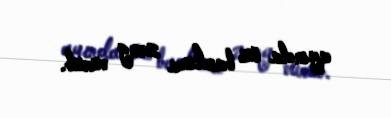
ayında öz bankına zəng vurub.